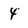
Character: 4